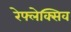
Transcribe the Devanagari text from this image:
रेफ्लेक्सिव